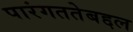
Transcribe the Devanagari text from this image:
पारंगततेबद्दल